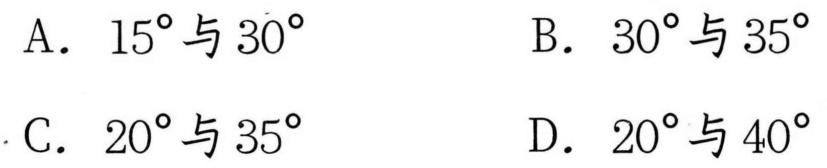
A. \(15^{\circ}\)与\(30^{\circ}\)  B. \(30^{\circ}\)与\(35^{\circ}\)
C. \(20^{\circ}\)与\(35^{\circ}\)  D. \(20^{\circ}\)与\(40^{\circ}\)